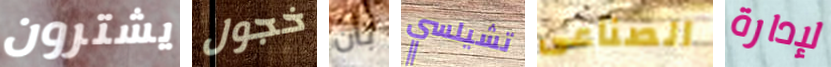
يشترون خجول بأن تشيلسي الصناعى لإدارة